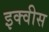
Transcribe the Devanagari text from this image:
इक्वीस